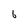
Character: 6